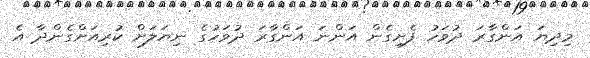
މިދިޔަ އަންގާރަ ދުވަހު ފެށިގެން އަންނަ އަންގާރަ ދުވަހުގެ ނިޔަލަށް ކުރިއަށްގެންދާ އެ